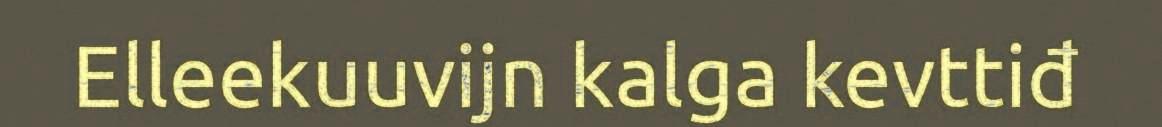
Elleekuuvijn kalga kevttiđ